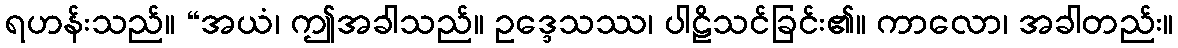
ရဟန်းသည်။ “အယံ၊ ဤအခါသည်။ ဥဒ္ဒေသဿ၊ ပါဠိသင်ခြင်း၏။ ကာလော၊ အခါတည်း။